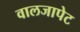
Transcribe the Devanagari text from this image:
वालजापेट